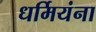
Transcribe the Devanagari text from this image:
धर्मियंना